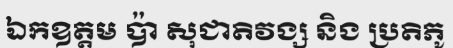
ឯកឧត្តម ប៉ា សុជាតិវង្ស និង ប្រតិភូ